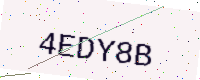
Text: 4EDY8B